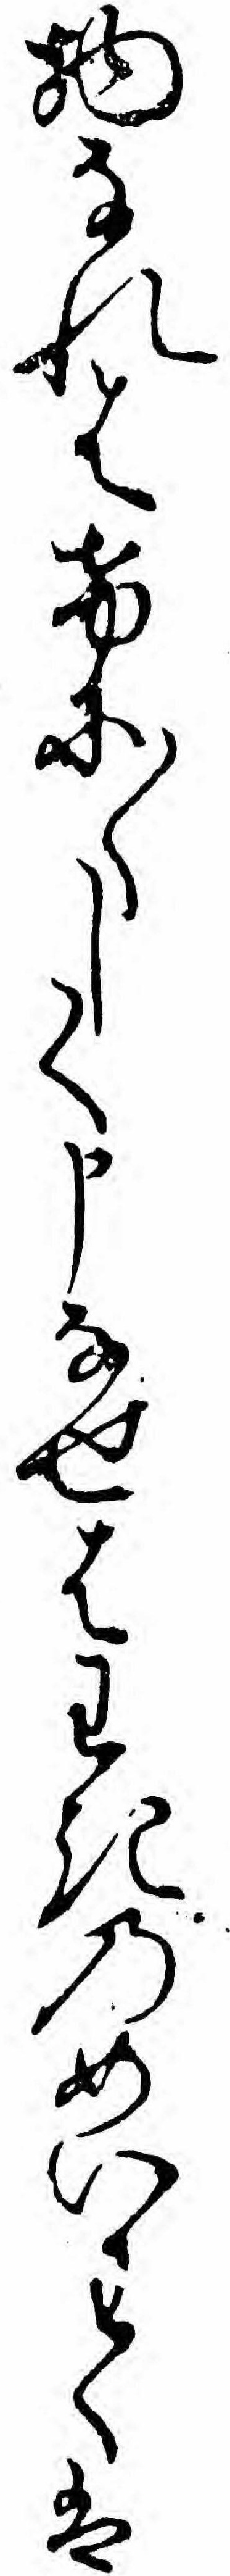
物なれはけに〱しく申なせはわきのめいわくは